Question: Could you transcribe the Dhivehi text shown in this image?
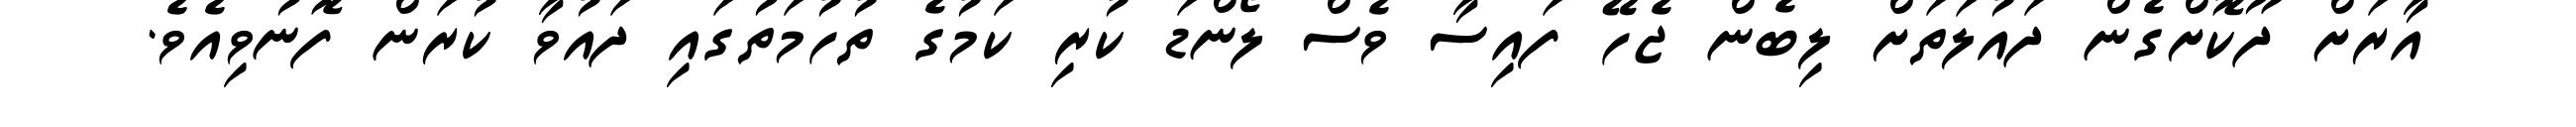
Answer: އާރަށް ދޫކޮށްގެން ދައުލަތަށް ލިބެން ޖެހޭ ފައިސާ ވެސް ލޯންޑަ ކުރި ކަމުގެ ތުހުމަތުގައި ދައުވާ ކުރަން ފޮނުވިއެވެ.